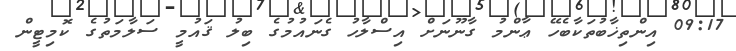
09:17 އިންތިޚާބުތަކާބެހޭ ޢާންމު ގާނޫނަށް އިސްލާހު ގެނައުމުގެ ބިލު ޤައުމީ ސަލާމަތުގެ ކޮމިޓީން